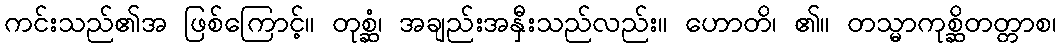
ကင်းသည်၏အ ဖြစ်ကြောင့်။ တုစ္ဆံ၊ အချည်းအနှီးသည်လည်း။ ဟောတိ၊ ၏။ တသ္မာကုစ္ဆိတတ္တာစ၊